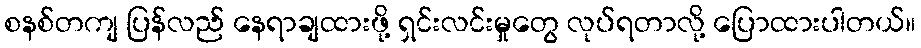
စနစ်တကျ ပြန်လည် နေရာချထားဖို့ ရှင်းလင်းမှုတွေ လုပ်ရတာလို့ ပြောထားပါတယ်။